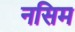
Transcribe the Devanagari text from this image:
नसिम